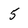
Character: 5